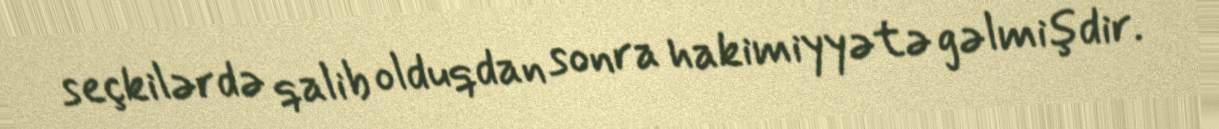
seçkilərdə qalib olduqdan sonra hakimiyyətə gəlmişdir.